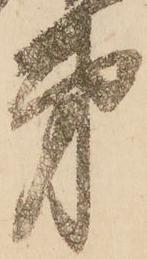
第